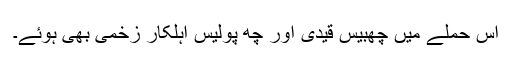
اس حملے میں چھبیس قیدی اور چھ پولیس اہلکار زخمی بھی ہوئے۔